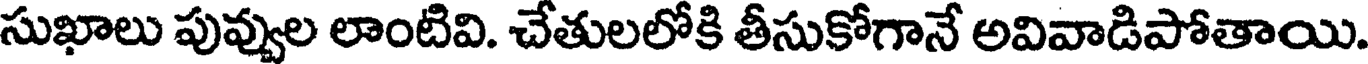
సుఖాలు పువ్వుల లాంటివి. చేతులలోకి తీసుకోగానే అవివాడిపోతాయి.